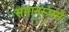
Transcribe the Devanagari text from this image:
समानरूपसे